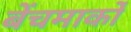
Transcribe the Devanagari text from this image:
बेंचमार्कों